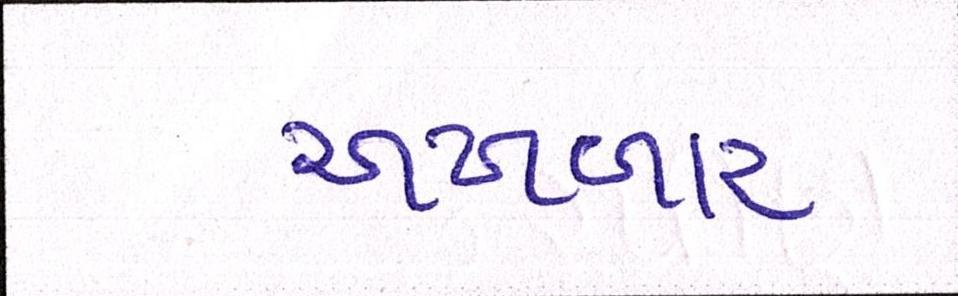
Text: અખબાર